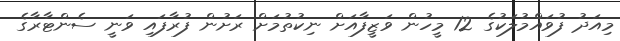
މިއަދު ފުވައްމުލަކުގެ 12 މީހުން ވަޒީފާއަށް ނިކުތުމަށް ރަށުން ފުރާފައި ވަނީ ސެންޓާރާގެ